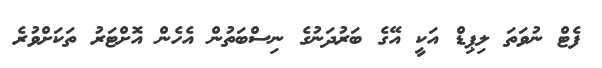
ފެޓް ނުވަތަ ލިޕިޑް އަކީ އޭގެ ބަރުދަނުގެ ނިސްބަތުން އެހެން އޮށްޓަރު ތަކަށްވުރެ